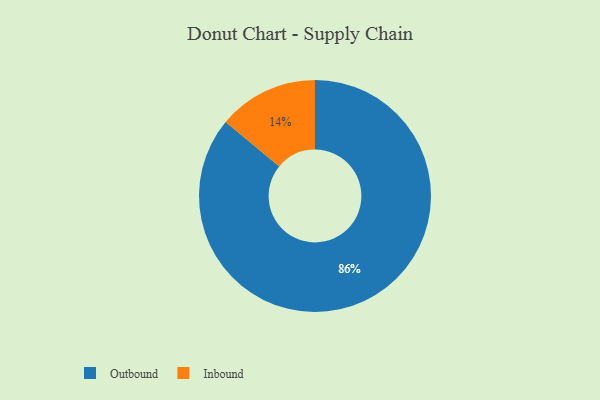
{"axis": {"x": "Category", "y": "Percentage"}, "legend": ["Inbound", "Outbound"], "data": [{"x": "Outbound", "y": 86, "type": "Outbound"}, {"x": "Inbound", "y": 14, "type": "Inbound"}]}